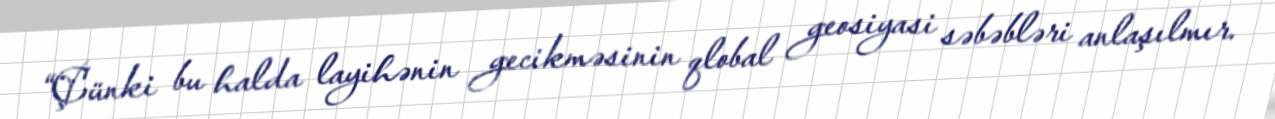
“Çünki bu halda layihənin gecikməsinin qlobal geosiyasi səbəbləri anlaşılmır.